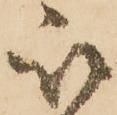
被